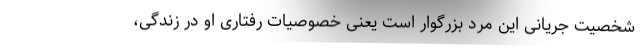
شخصیت جریانی این مرد بزرگوار است یعنی خصوصیات رفتاری او در زندگی،